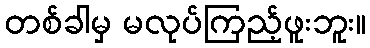
တစ်ခါမှ မလုပ်ကြည့်ဖူးဘူး။